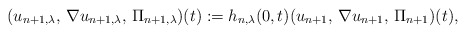
\begin{align*}(u_{n+1, \lambda},\,\nabla u_{n+1, \lambda},\,\Pi_{n+1, \lambda} )(t):= h_{n,\lambda }(0,t)(u_{n+1},\,\nabla u_{n+1},\,\Pi_{n+1} )(t),\end{align*}